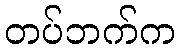
တပ်ဘက်က